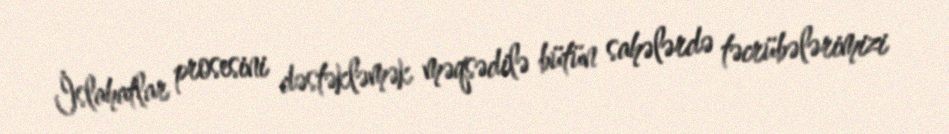
İslahatlar prosesini dəstəkləmək məqsədilə bütün sahələrdə təcrübələrimizi